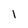
Character: 1